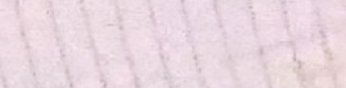
ممنوع الدخول